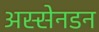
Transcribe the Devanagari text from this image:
अस्सेनडन